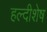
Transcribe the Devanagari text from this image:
हल्दीशेष